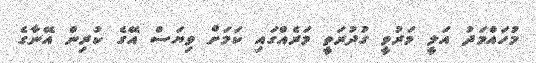
މުހައްމަދު އަލީ މަރުވީ ގުދުރަތީ މަރެއްގައި ކަމަށް ވިޔަސް އޭގެ ކުރިން އޭނާގެ